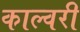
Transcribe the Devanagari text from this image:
काल्वरी